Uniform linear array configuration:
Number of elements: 24
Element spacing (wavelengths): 0.5
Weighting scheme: kaiser
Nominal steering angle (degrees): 0
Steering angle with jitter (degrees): -1.215
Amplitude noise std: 0.05
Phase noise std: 0.05

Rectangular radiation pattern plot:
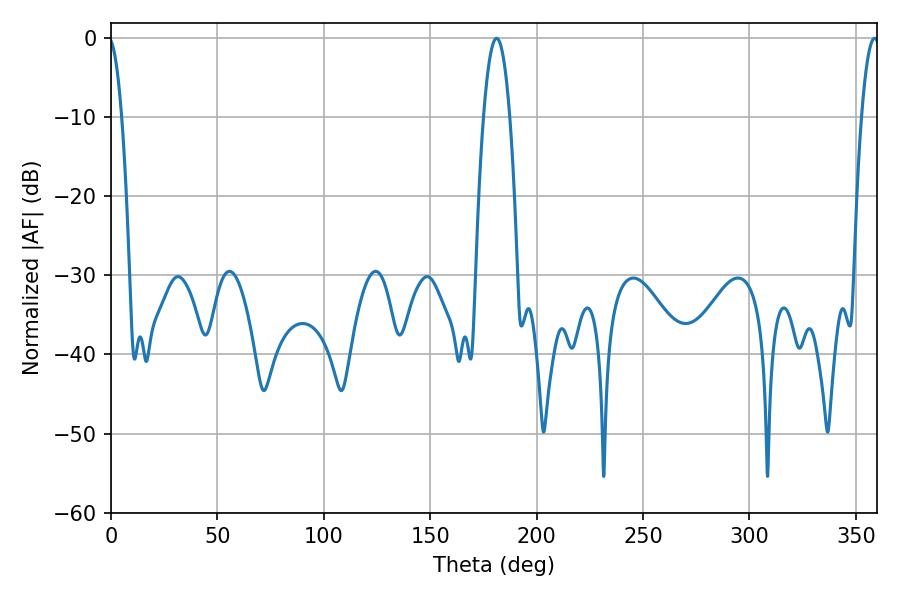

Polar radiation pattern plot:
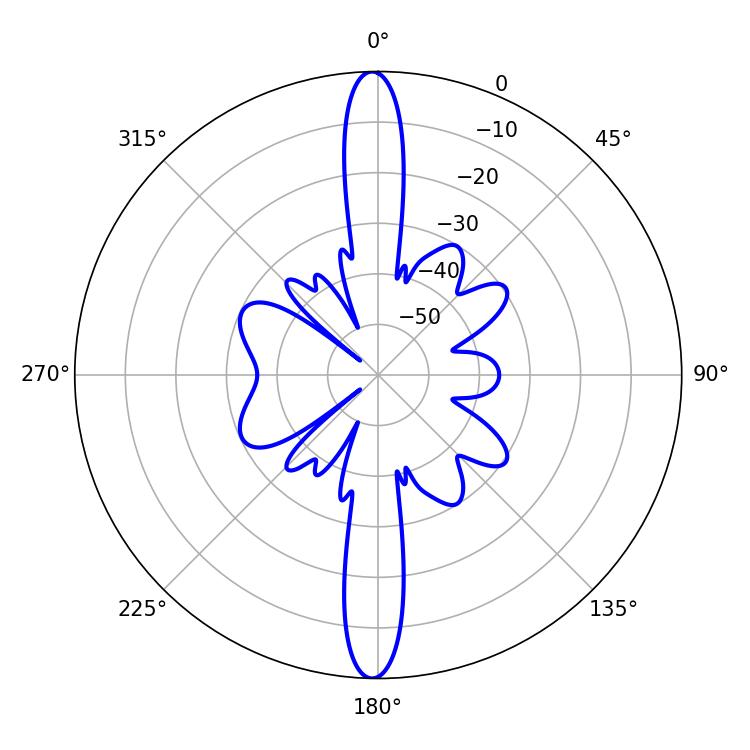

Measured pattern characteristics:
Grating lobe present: FALSE
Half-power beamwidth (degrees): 4.68
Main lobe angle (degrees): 358.74